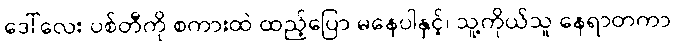
ဒေါ်လေး ပစ်တီကို စကားထဲ ထည့်ပြော မနေပါနှင့်၊ သူ့ကိုယ်သူ နေရာတကာ